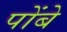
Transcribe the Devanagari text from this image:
पोंबे